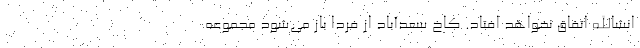
انشاالله اتفاق نخواهد افتاد. کاخ سعدآباد از فردا باز می‌شود مجموعه